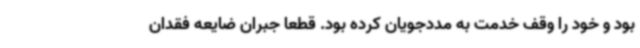
بود و خود را وقف خدمت به مددجویان کرده بود. قطعا جبران ضایعه فقدان